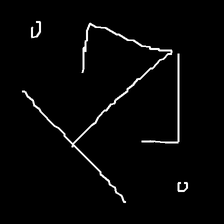
Glyph: earth